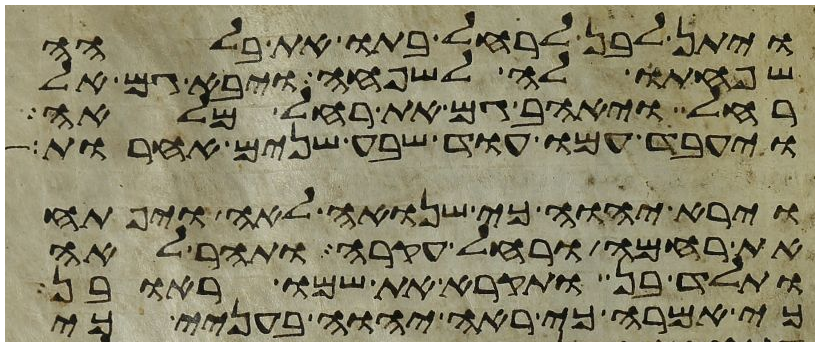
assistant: ויתן לבן לרחל בתו את בלהה
שפחתו לה לשפחה ויבא גם אל
רחל ויאהב גם את רחל מלאה
ויעבד עמו עוד שבע שנים אחרות
וירא יהוה כי שנואה לאה ויפתח
את רחמה ורחל עקרה ותהר לאה
ותלד בן ותקרא את שמו ראובן
כי אמרה כי ראה יהוה בעניי כי